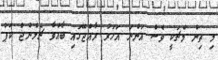
މި ތިން މެޗަކީ ވެސް އަންނަ އަހަރު ރާއްޖޭގައި ބާއްވާ ޗެލެންޖް ކަޕް